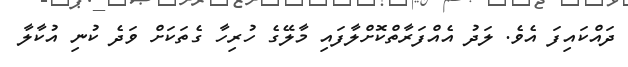
ދައްކައިފަ އެވެ. ލަދު އެއްފަރާތްކޮށްލާފައި މާލޭގެ ހުރިހާ ގެތަކަށް ވަދެ ކުނި އުކާލާ